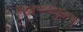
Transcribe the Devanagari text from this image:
निजभावयुक्तम्